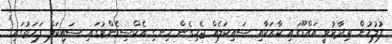
ފުލުހުން ވިދާޅުވީ އައްޑޫގައި ކާރަކާއި ސައިކަލެއް ޖެހިގެން ހިނގި އެކްސިޑެންޓުގައި ސައިކަލް ފަހަތުގައި